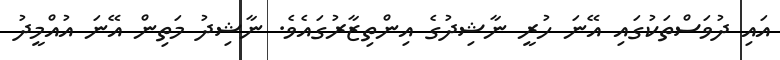
އައި ދުވަސްތަކުގައި އޭނަ ހުރީ ނާޝިދުގެ އިންތިޒާރުގައެވެ. ނާޝިދު މަތިން އޭނަ އުއްމީދު